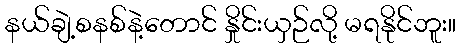
နယ်ချဲ့စနစ်နဲ့တောင် နှိုင်းယှဉ်လို့ မရနိုင်ဘူး။